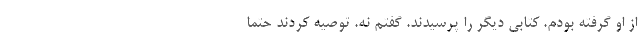
از او گرفته بودم. کتابی دیگر را پرسیدند. گفتم نه. توصیه کردند حتما